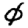
Digit: 0